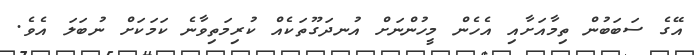
އޭގެ ސަބަބުން ތިމާއަށާއި އެހެން މީހުންނަށް އުނދަގޫތަކެއް ކުރިމަތިވާނެ ކަމަކަށް ނުބަލަ އެވެ.